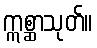
ဣစ္ဆာသုတ်။